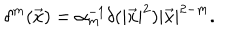
\delta ^ { m } ( \vec { x } ) = \alpha _ { m } ^ { - 1 } \delta ( | \vec { x } | ^ { 2 } ) | \vec { x } | ^ { 2 - m } .